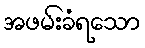
အဖမ်းခံရသော